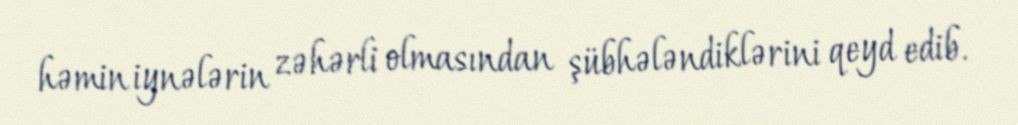
həmin iynələrin zəhərli olmasından şübhələndiklərini qeyd edib.